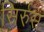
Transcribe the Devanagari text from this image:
सिर्रुस